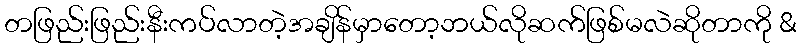
တဖြည်းဖြည်းနီးကပ်လာတဲ့အချိန်မှာတော့ဘယ်လိုဆက်ဖြစ်မလဲဆိုတာကို &